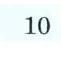
10